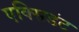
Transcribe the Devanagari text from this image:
एक्सिडंट